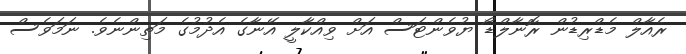
ރެއާލް މެޑްރިޑުން ރޮނާލްޑޯ ޔުވެންޓަސް އަށް ވިއްކާލީ އޭނާގެ އެދުމުގެ މަތިންނެވެ. ނަމަވެސް